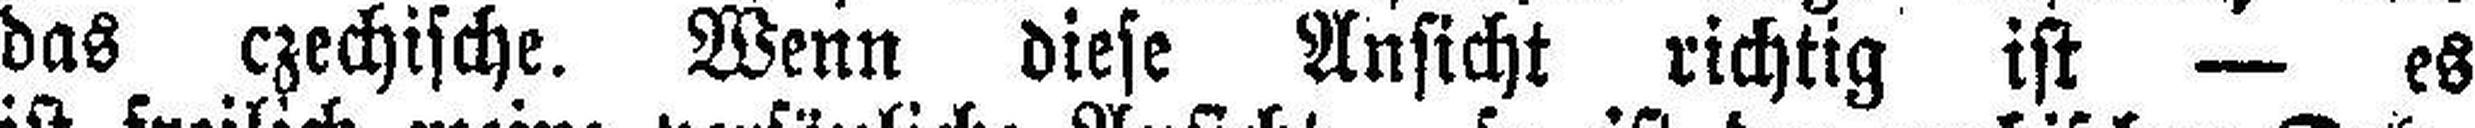
das czechische. Wenn diese Ansicht richtig ist — es